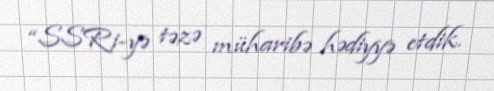
“SSRi-yə təzə müharibə hədiyyə etdik.